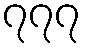
၇၇၇